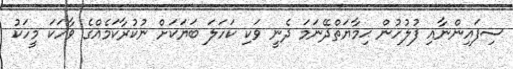
ސިފައިންނާއި ފުލުހުން ޙިމާޔަތްދޭނަމަ ދެނީ ވަކި ކަހަލަ ބަޔަކަށް ނުކުރާކަމެއްގެ ވާހަކަ މީހަކު